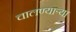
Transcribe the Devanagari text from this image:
चालण्यार्‍या